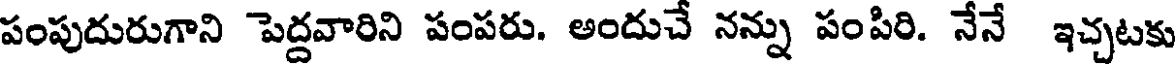
పంపుదురుగాని పెద్దవారిని పంపరు. అందుచే నన్ను పంపిరి. నేనే ఇచ్చటకు